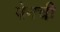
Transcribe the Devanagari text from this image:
पेनची